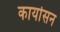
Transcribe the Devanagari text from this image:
कार्यासन